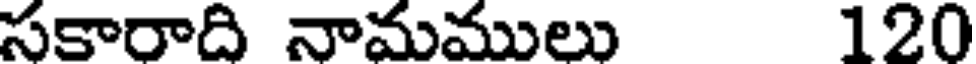
సకారాది నామములు 120